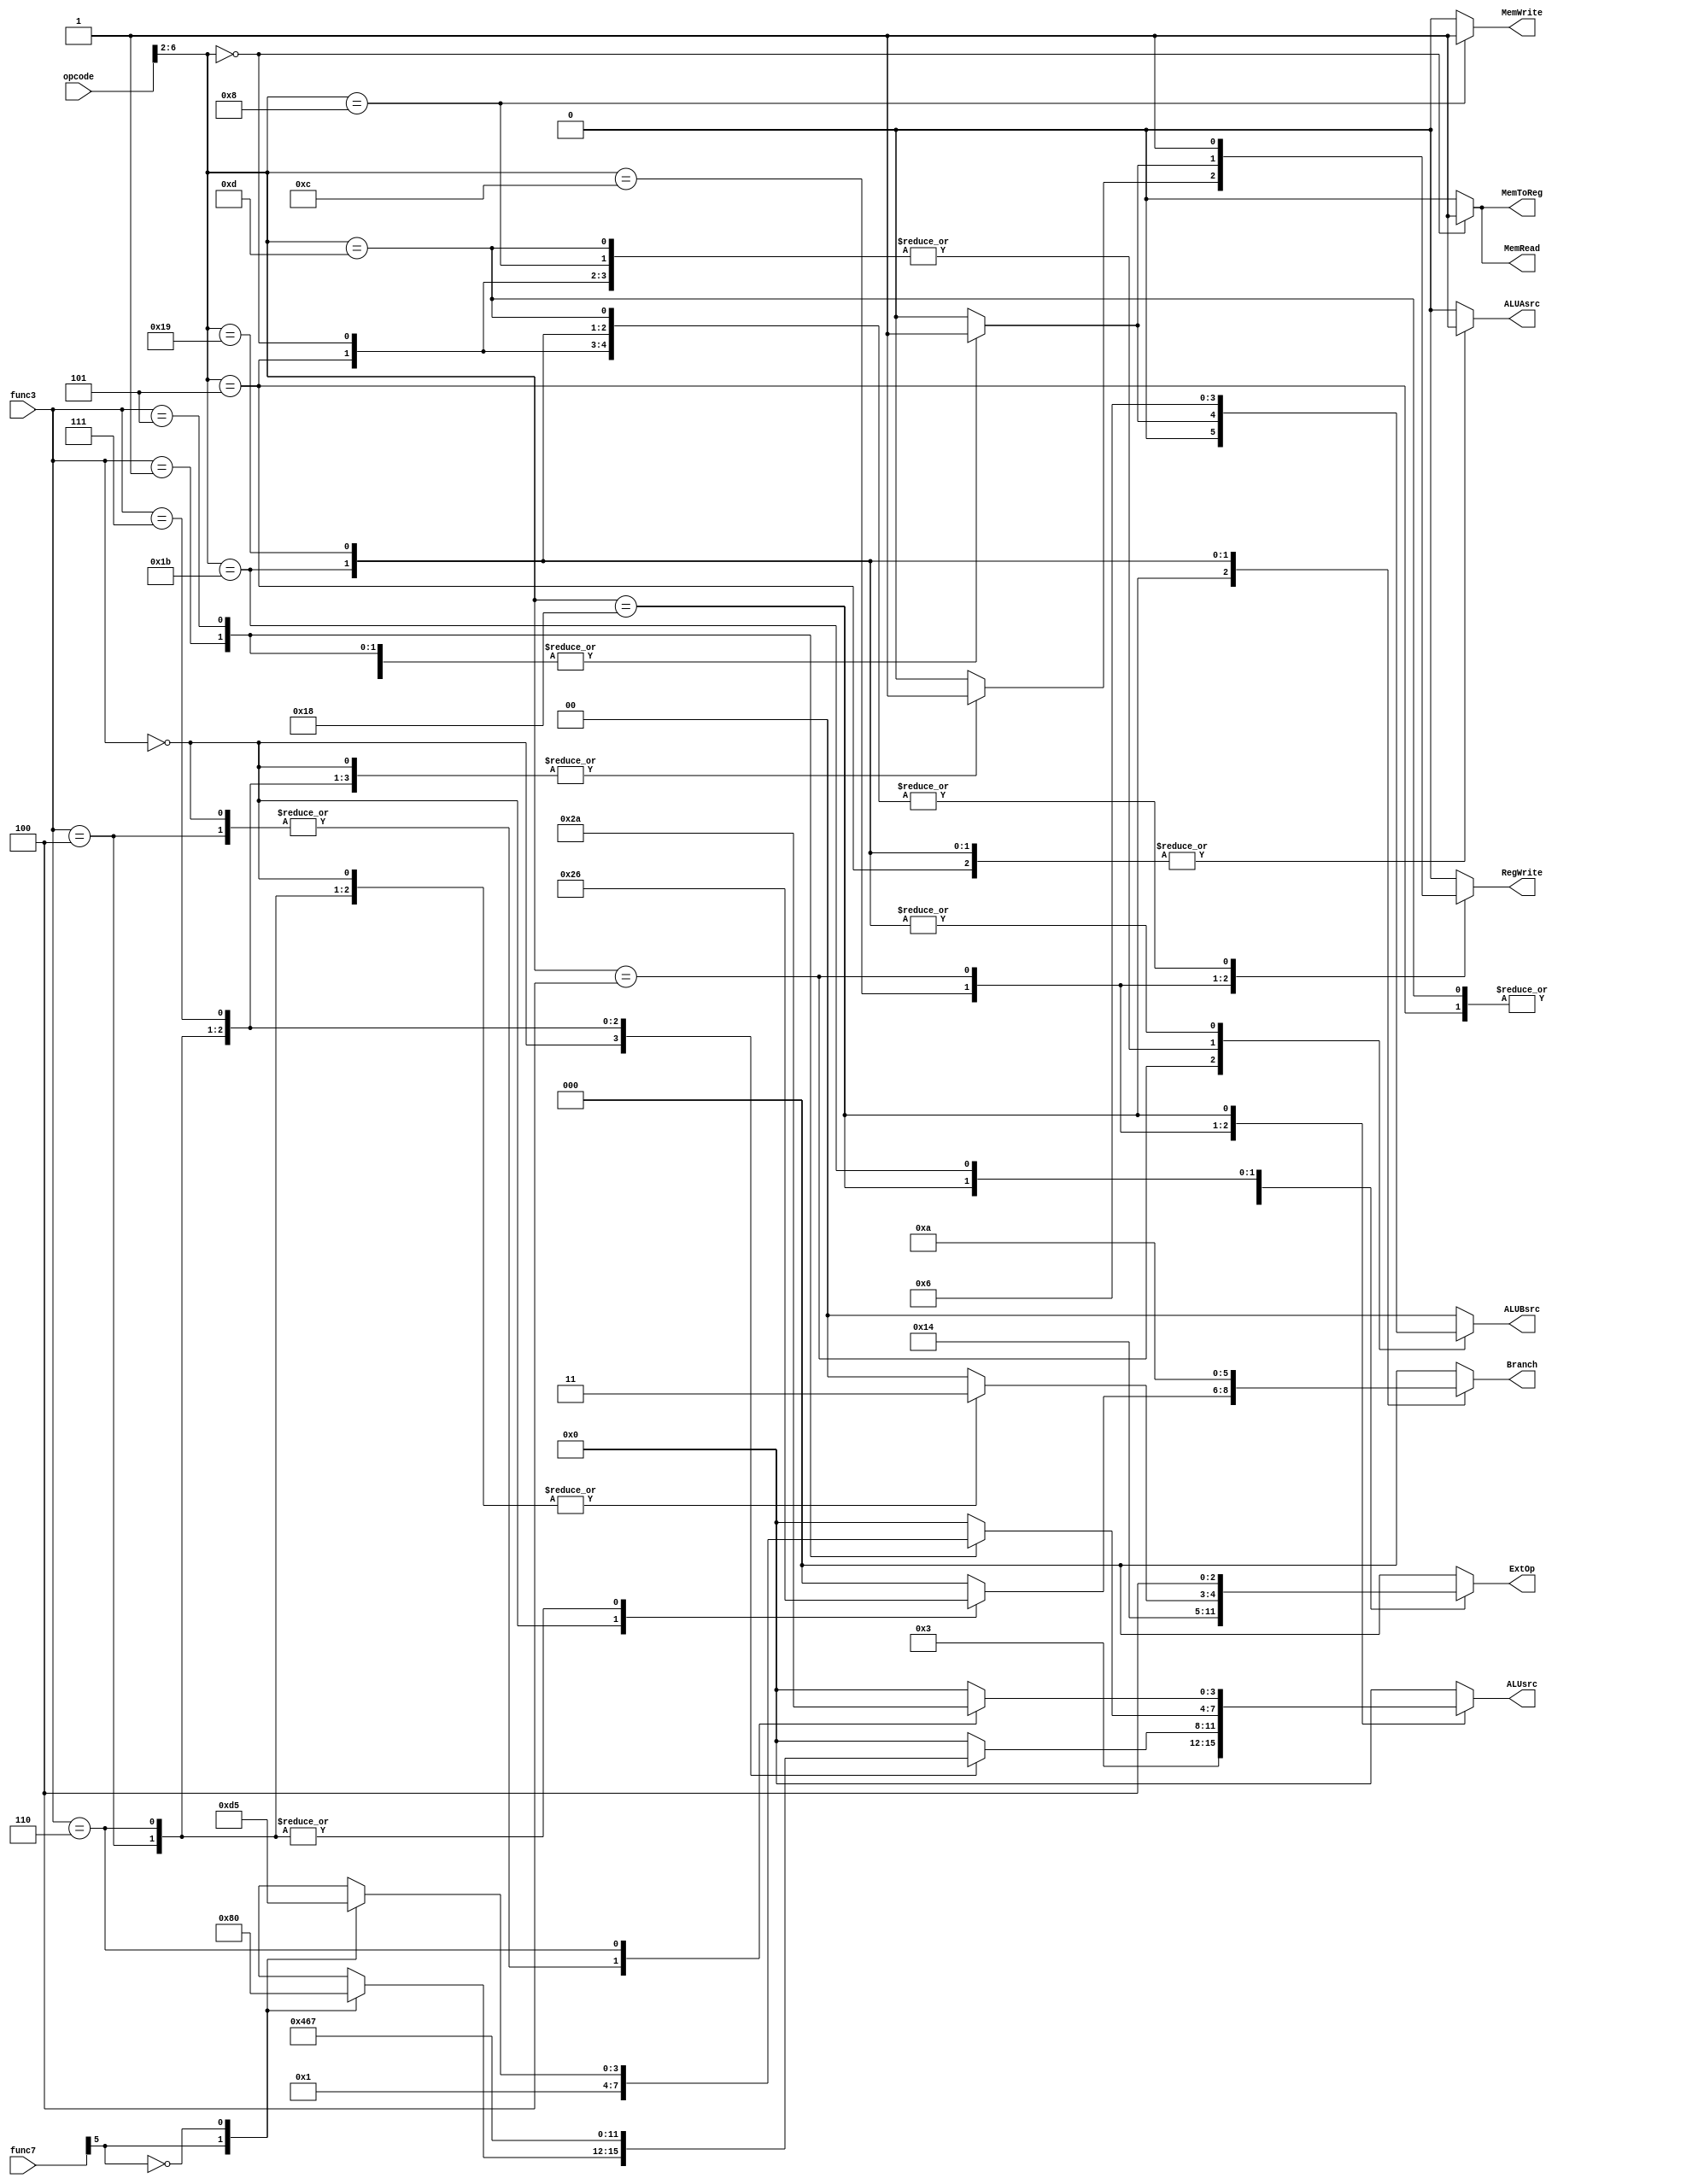
`timescale 1ns / 1ps
//////////////////////////////////////////////////////////////////////////////////
// Company: 
// Engineer: 
// 
// Design Name: 
// Module Name: Control
// Project Name: 
// Target Devices: 
// Tool Versions: 
// Description: 
// 
// Dependencies: 
// 
// Revision:
// Revision 0.01 - File Created
// Additional Comments:
// 
//////////////////////////////////////////////////////////////////////////////////


module Control(
    input      [6: 0] opcode,
    input      [2: 0] func3,
    input      [6: 0] func7,
    output reg [2: 0] ExtOp,    //
    output reg [2: 0] Branch,   //
    output reg        MemRead,  //
                                //lw
    output reg        MemWrite, //1
    output reg [3: 0] ALUsrc,    //ALU
    output reg        ALUAsrc,  //ALUA0rs11PC
    output reg [1: 0] ALUBsrc,  //ALUB00rs201imm(5)
                                //104PC+4
    output reg        MemToReg, //rd0ALU1
    output reg        RegWrite  //rd1
    );
    /*
    ExtOp    
    000      immI
    001      immU
    010      immS
    011      immB
    100      immJ
    */
    /*
    Branch   
    000      
    001      PC
    010      
    100      
    101      
    110      
    111      
    */
    always @(*) begin
        ExtOp = 3'b000;   // xxx
        RegWrite = 0;
        Branch = 3'b000;
        MemToReg = 0;
        MemWrite = 0;
        MemRead = 0;
        ALUAsrc = 0;      // rs1
        ALUBsrc = 2'b00;  // rs2
        ALUsrc = 4'b0000;  
        case(opcode[6: 2])
        5'b01101: begin          // lui
            ExtOp = 3'b001;
            RegWrite = 1;
            ALUBsrc = 2'b01;  // imm
            ALUsrc = 4'b0011;     // 
        end
        5'b00101: begin           // auipc
            ExtOp = 3'b001; 
            RegWrite = 1;
            ALUAsrc = 1;      // pc
            ALUBsrc = 2'b01;  // imm
            ALUsrc = 4'b0000;     // pc + imm
        end
        5'b01100: begin           // add, sub, and, or, xor
            case(func3)
            3'b000: begin   // add, sub
                case(func7[5]) 
                1: begin      // sub
                    RegWrite = 1;
                    ALUsrc = 4'b1000;     // rs1 - rs2
                end
                0: begin      // add
                    RegWrite = 1;
                    ALUsrc = 4'b0000;     // rs1 + rs2
                end
                endcase
            end
            3'b100: begin   // xor
                RegWrite = 1;
                ALUsrc = 4'b0100;     // rs1 ^ rs2
            end
            3'b110: begin   // or
                RegWrite = 1;
                ALUsrc = 4'b0110;     // rs1 || rs2
            end
            3'b111: begin   // and
                RegWrite = 1;
                ALUsrc = 4'b0111;     // rs1 && rs2
            end
            default: begin
                RegWrite = 0;
                ALUsrc = 4'b0000;   
            end
            endcase
        end
        5'b00100: begin           // addi, slli, srli, srai
            case(func3)
            3'b000: begin    // addi
                RegWrite = 1;
                ALUBsrc = 2'b01;
                ALUsrc = 4'b0000;   //rs1 + imm
            end
            3'b001: begin    // slli
                RegWrite = 1;
                ALUBsrc = 2'b01;
                ALUsrc = 4'b0001;   // rs1 << imm[4:0]
            end
            3'b101: begin
                case(func7[5])
                1: begin     // srai
                    RegWrite = 1;
                    ALUBsrc = 2'b01;
                    ALUsrc = 4'b1101;   //rs1 >>> imm[4:0]
                end
                0: begin     // srli
                    RegWrite = 1;
                    ALUBsrc = 2'b01;
                    ALUsrc = 4'b0101;    //rs1 >> imm[4:0]
                end
                endcase
            end
            default: begin
                RegWrite = 0;
                ALUBsrc = 2'b00;
                ALUsrc = 4'b0000;
            end
            endcase
        end
        5'b00000: begin           // lw
            ExtOp = 3'b000;
            RegWrite = 1;
            MemWrite = 0;         // lw
            /* MemRead1 */
            MemRead = 1;   
            MemToReg = 1;
            ALUBsrc = 2'b01;
            ALUsrc = 4'b0000;     // rs1 + imm
        end 
        5'b01000: begin           // sw
            ExtOp = 3'b010;
            RegWrite = 0;         // sw
            MemWrite = 1;
            MemToReg = 0;        // x
            ALUBsrc = 2'b01;
            ALUsrc = 4'b0000;     // rs1 + imm
        end
        5'b11000: begin           // beq, blt, bltu
            case(func3)
            3'b000: begin      // beq
                ExtOp = 3'b011;
                Branch = 3'b100;
                ALUsrc = 4'b0010;    // rs1rs2Zero
            end
            3'b100: begin      // blt
                ExtOp = 3'b011;
                Branch = 3'b110;
                ALUsrc = 4'b0010;    // rs1rs2Less
            end
            3'b110: begin      // bltu
                ExtOp = 3'b011;
                Branch = 3'b110;
                ALUsrc = 4'b1010;     // rs1rs2Less
            end
            default: begin
                ExtOp = 3'b000;
                Branch = 3'b000;
                ALUsrc = 4'b0000;
            end
            endcase
        end
        5'b11011: begin           // jal
            ExtOp = 3'b100;
            RegWrite = 1;
            Branch = 3'b001;
            ALUAsrc = 1;
            ALUBsrc = 2'b10;
            ALUsrc = 4'b0000;     // pc + 4
        end
        5'b11001: begin           // jalr
            ExtOp = 3'b000;
            RegWrite = 1;
            Branch = 3'b010;
            ALUAsrc = 1;
            ALUBsrc = 2'b10;
            ALUsrc = 4'b0000;      // pc + 4
        end
        default: begin
        end
        endcase
    end
    
endmodule